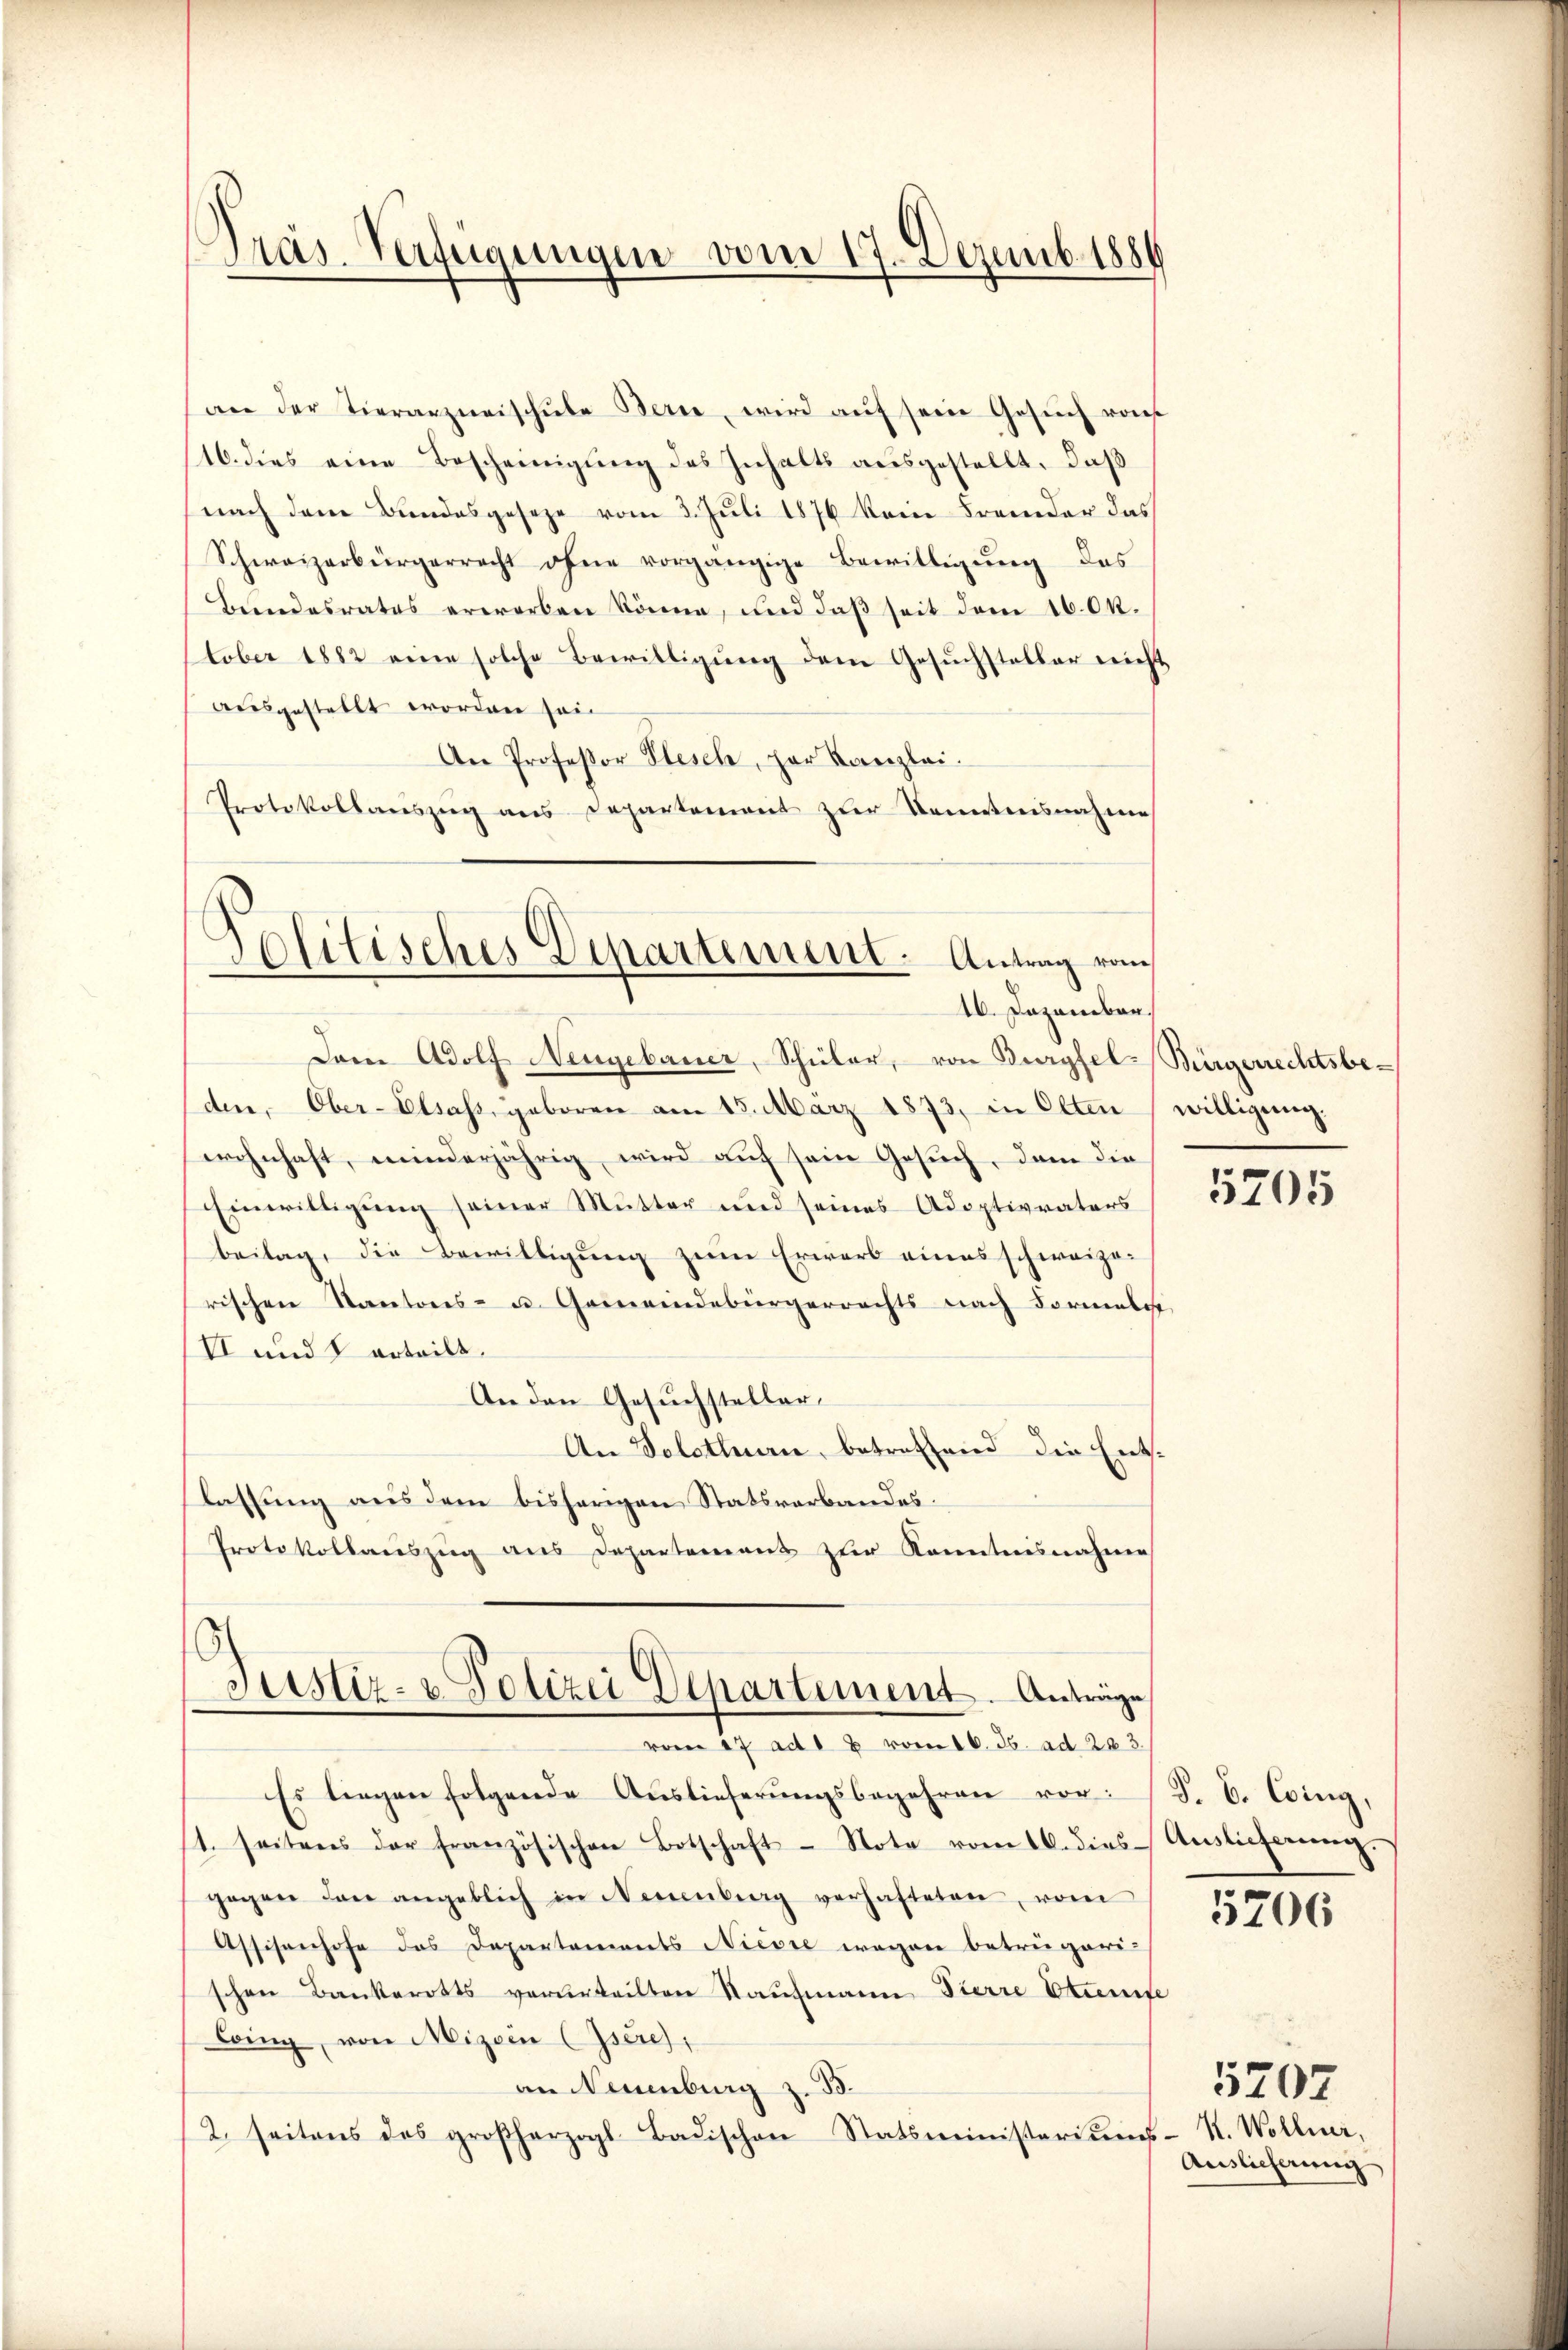
Präs. Verfügungen vom 17. Dezemb. 1884

an der Tierarzneischule Bern, wird aŭf sein Gesŭch von
16. dies eine Bescheinigung des Inhalts ausgestellt, daß
nach dem Bundesgeseze vom 3. Juli 1876 kein Fremder das
Schweizerbürgerrecht ohne vorgängige Bewilligung des
Beendesrates erworben könne, und daß seit dem 16. Ok.
tober 1882 eine solche Bewilligŭng dem Gesŭchsteller nicht
ausgestellt worden sein
An Professor Plesch, par Kanzlei.
Protokollauszug aus Departement zur Kenntensnahme

¬
olitisches Departement. Antrag vom
16. Dezember.

Dem Adolf Neugebauer, Schüler, von Burgfel-Bürgerrechtsbe-
den, Ober-Elsass, geboren am 15. März 1873, in Olten
wohnhaft, minderjährig wird auf sein Gesuch, dem die
Einwilligung seiner Mutter und seines Adoptivvaters
beilag, die Bewilligung zum Erwarb eines schweizerischen Kantons- u. Gemeindebürgerrechts nach Formelt
VI und 1 erteilt.
An den Gesŭchsteller-
An Solothurn, betreffend die Entlassung aus dem bisherigen Statsverbandes.
Protokollauszug aus Departement zur Kenntnisnahme
Justiz- & Polizei Departement. Anträge
vom 17 ad 1 & vom 16. ds. ad 283.
Es liegen folgende Auslieferungsbegehren vor:
1. seitens der französischen Botschaft - Note vom 10. dies
gegen den angeblich in Neuenburg verhafteten, vom
Assisenhofe des Departements Niesse wegen betrügeri-
schon Bankerotts verurteilten Kaufmann Fierre Etiente
Coing, von Mitein (Iseres,
an Neuenburg z. 33.
2. seitens des großherzogl. Badischen Statsministeriums

willigung.

5205

J. B. Ging,
Auslieferung

5706

5707
K. Wollner,
Auslieferung